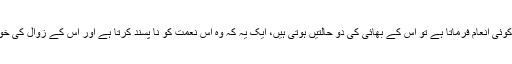
اللہ تعالیٰ اپنے بندے پر جب کوئی انعام فرماتا ہے تو اس کے بھائی کی دو حالتیں ہوتی ہیں، ایک یہ کہ وہ اس نعمت کو نا پسند کرتا ہے اور اس کے زوال کی خواہش کرتا ہے، یہی حسد ہے۔